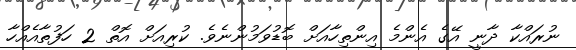
ނުރައްކާ ދާނީ އޭގެ އެންމެ އިންތިހާއަށް ބޮޑުވަމުންނެވެ. ކުރިއަށް އޮތް 2 ހަފުތާއެއްހާ